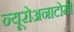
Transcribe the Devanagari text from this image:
न्यूरोअनाटोमी